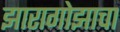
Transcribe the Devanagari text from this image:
झारागोझाचा